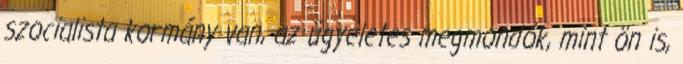
szocialista kormány van, az ügyeletes megmondók, mint ön is,